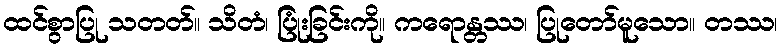
ထင်စွာပြု သတတ်။ သိတံ၊ ပြုံးခြင်းကို။ ကရောန္တဿ၊ ပြုတော်မူသော။ တဿ၊